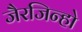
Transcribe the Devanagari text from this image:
जैरजिन्हो